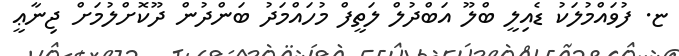
ޏ. ފުވައްމުލަކު ޑެއިލީ ބްލޫ އަބްދުލް ލަތީފް މުހައްމަދު ބަންދުން ދޫކޮށްލުމަށް ޖިނާޢީ